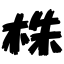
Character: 株